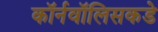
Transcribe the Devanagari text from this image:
कॉर्नवॉलिसकडे